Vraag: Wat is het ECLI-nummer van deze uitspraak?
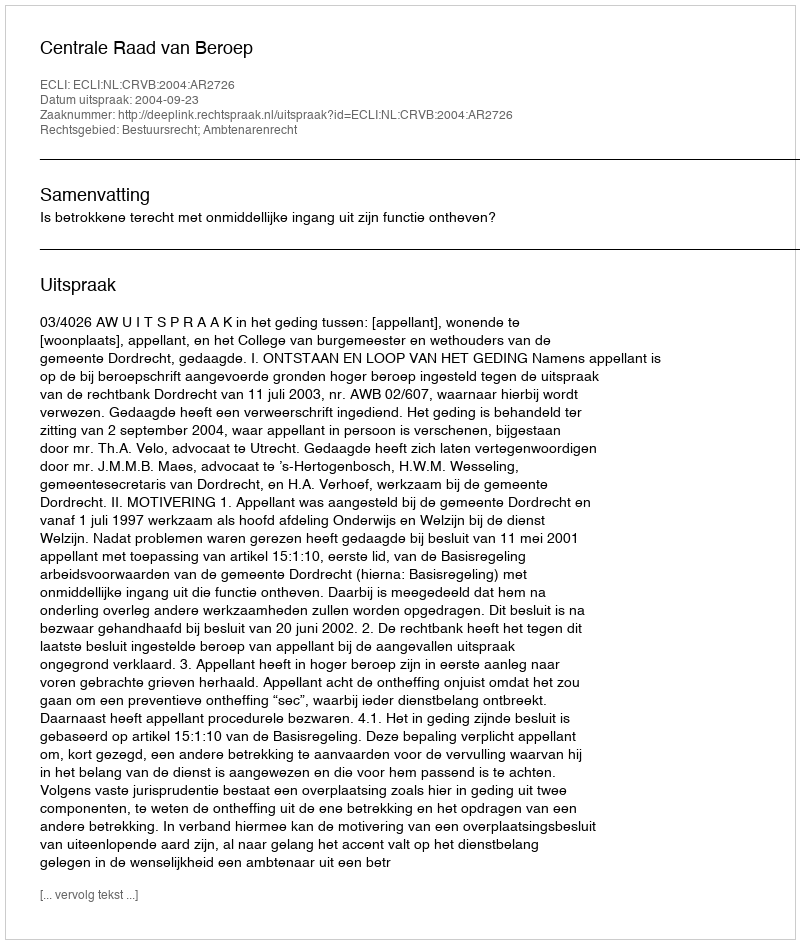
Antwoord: ECLI:NL:CRVB:2004:AR2726